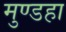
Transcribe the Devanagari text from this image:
मुण्डहा